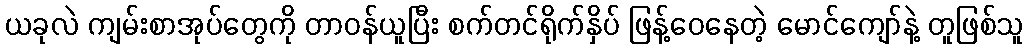
ယခုလဲ ကျမ်းစာအုပ်တွေကို တာဝန်ယူပြီး စက်တင်ရိုက်နှိပ် ဖြန့်ဝေနေတဲ့ မောင်ကျော်နဲ့ တူဖြစ်သူ